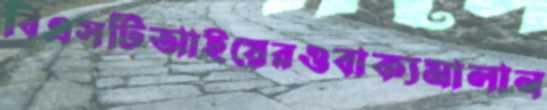
বিএসটিআইয়েরওবাক্যমালান